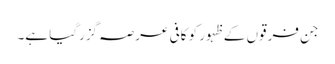
جن فرقوں کے ظہور کو کافی عرصہ گزرگیا ہے۔